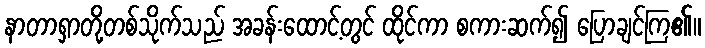
နာတာရှာတို့တစ်သိုက်သည် အခန်းထောင့်တွင် ထိုင်ကာ စကားဆက်၍ ပြောချင်ကြ၏။